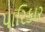
પારિકાર